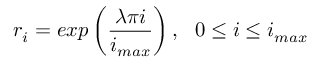
r _ { i } = e x p \left( \frac { \lambda \pi i } { i _ { m a x } } \right) , \ \ 0 \leq i \leq i _ { m a x }